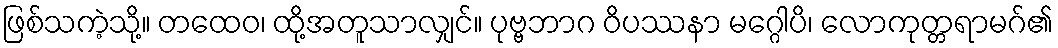
ဖြစ်သကဲ့သို့။ တထေဝ၊ ထို့အတူသာလျှင်။ ပုဗ္ဗဘာဂ ဝိပဿနာ မဂ္ဂေါပိ၊ လောကုတ္တရာမဂ်၏